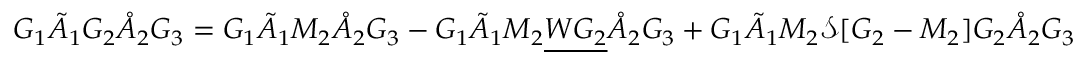
G _ { 1 } \tilde { A } _ { 1 } G _ { 2 } \mathring { A } _ { 2 } G _ { 3 } = G _ { 1 } \tilde { A } _ { 1 } M _ { 2 } \mathring { A } _ { 2 } G _ { 3 } - G _ { 1 } \tilde { A } _ { 1 } M _ { 2 } \underline { { W G _ { 2 } } } \mathring { A } _ { 2 } G _ { 3 } + G _ { 1 } \tilde { A } _ { 1 } M _ { 2 } \mathcal { S } [ G _ { 2 } - M _ { 2 } ] G _ { 2 } \mathring { A } _ { 2 } G _ { 3 }